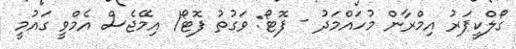
ގޯލްކީޕަރު އިމްރާން މުހައްމަދު - ފޮޓޯ: ވަގުތު ފޮޓޯ/ އިމޭޖެސް އެމްވީ ގައުމީ